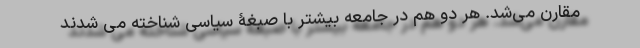
مقارن می‌شد. هر دو هم در جامعه بیشتر با صبغۀ سیاسی شناخته می شدند